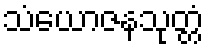
သံယောဇနသုတ္တံ